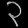
Digit: ၃